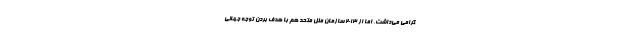
گرامی می‌داشت، اما از ۲۰۱۳ سازمان ملل متحد هم با هدف بردن توجه جهانی